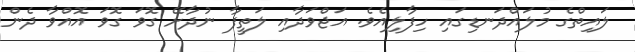
ލައިތްގެ މުލައްދަނޑިގައި ހިފާލިއެވެ. އަޖްވަދާއި ލަތީފާ ނުދާށޭ ގޮވަ ގޮވަ އޮއްވާ ދެން